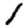
Digit: 1